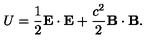
U = \frac { 1 } { 2 } { \bf E } \cdot { \bf E } + \frac { c ^ { 2 } } { 2 } { \bf B } \cdot { \bf B } .